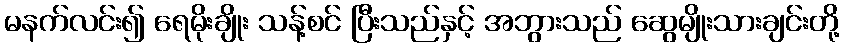
မနက်လင်း၍ ရေမိုးချိုး သန့်စင် ပြီးသည်နှင့် အဘွားသည် ဆွေမျိုးသားချင်းတို့